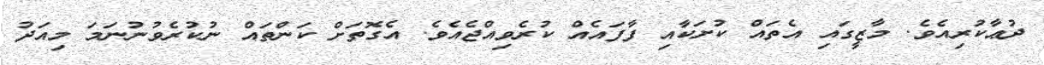
ދުޢާކުރިއެވެ. މާޒީގައި އެތައް ކުށަކާއި ފާފައެއް ކުރެވިއްޖެއެވެ. އެގޮތަށް ކަންތައް ނުކުރެވުނުނަމަ މިއަދު